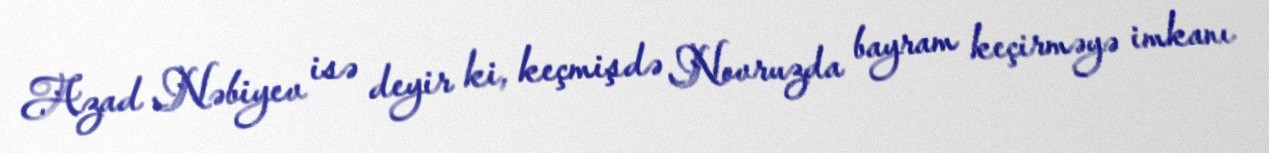
Azad Nəbiyev isə deyir ki, keçmişdə Novruzda bayram keçirməyə imkanı